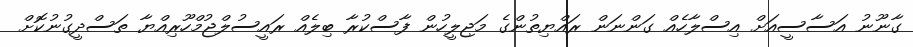
ގާނޫނު އަސާސީއަށް އިސްލާހެއް ގަންނަން ރައްޔިތުންގެ މަޖިލީހުން ފާސްކުރާ ބިލެއް ރައީސުލްޖުމްހޫރިއްޔާ ތަސްދީގުނުކޮށް